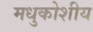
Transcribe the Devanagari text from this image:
मधुकोशीय